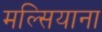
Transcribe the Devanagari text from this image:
मल्सियाना